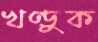
খণ্ডুক